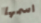
اسمها